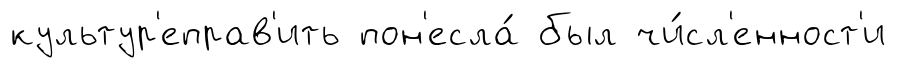
культур'еправ'ить пон'есла́ был чи́сл'енност'и